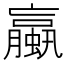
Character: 蠃